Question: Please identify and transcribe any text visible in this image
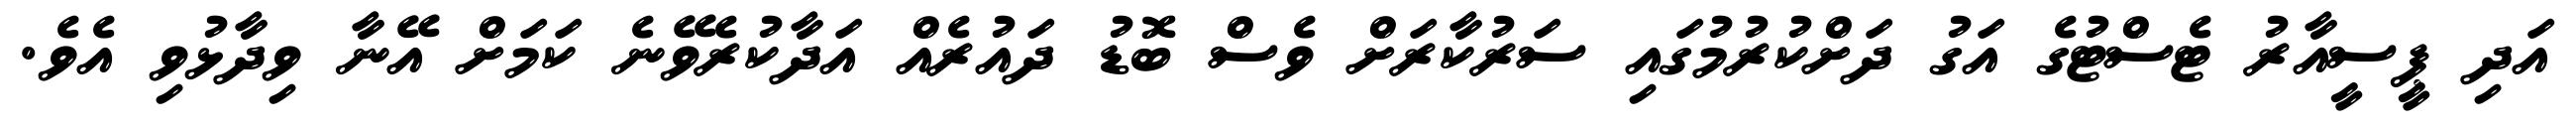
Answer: އަދި ޕީސީއާރު ޓެސްޓުގެ އަގު ދަށްކުރުމުގައި ސަރުކާރަށް ވެސް ބޮޑު ދައުރެއް އަދާކުރެވޭނެ ކަމަށް އޭނާ ވިދާޅުވި އެވެ.